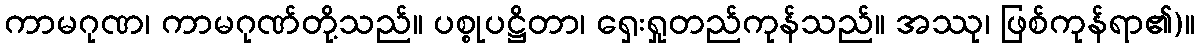
ကာမဂုဏ၊ ကာမဂုဏ်တို့သည်။ ပစ္စုပဋ္ဌိတာ၊ ရှေးရှုတည်ကုန်သည်။ အဿု၊ ဖြစ်ကုန်ရာ၏)။